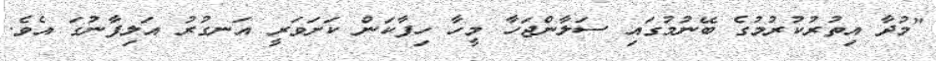
"މުދާ އިތުރުކުރުމުގެ ބޭނުމުގައި ސަލާންޖަހާ މީހާ ހިފާކަން ކަށަވަރީ އަނގުރު އަލިފާނުގަ އެވެ.